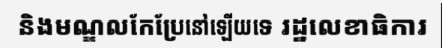
និងមណ្ឌលកែប្រែនៅឡើយទេ រដ្ឋលេខាធិការ